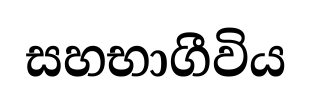
සහභාගීවිය